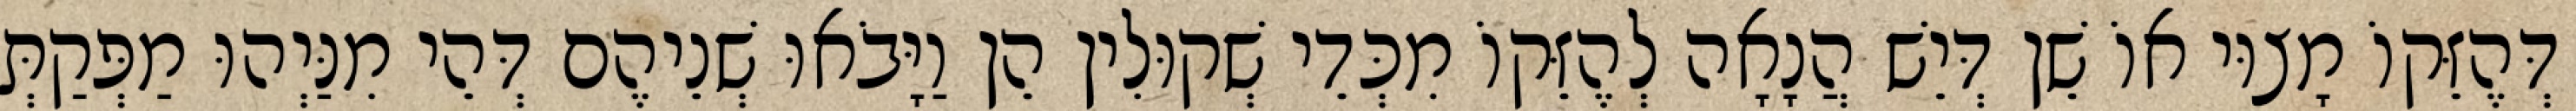
דְּהֶזֵּקוֹ מָצוּי אוֹ שֵׁן דְּיֵשׁ הֲנָאָה לְהֶזֵּקוֹ מִכְּדֵי שְׁקוּלִין הֵן וַיָּבֹאוּ שְׁנֵיהֶם דְּהֵי מִנַּיְהוּ מַפְּקַתְּ